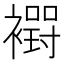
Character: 𮖸